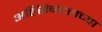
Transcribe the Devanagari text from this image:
अहिंसेबद्दलच्या